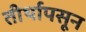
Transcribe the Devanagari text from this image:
तीर्थापसून